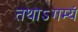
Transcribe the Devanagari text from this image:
तथाऽगम्यं